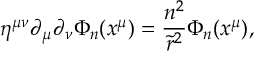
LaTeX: \eta ^ { \mu \nu } \partial _ { \mu } \partial _ { \nu } \Phi _ { n } ( x ^ { \mu } ) = \frac { n ^ { 2 } } { { \tilde { r } } ^ { 2 } } \Phi _ { n } ( x ^ { \mu } ) ,